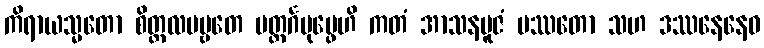
ကိရာယသ္မတော စိတ္တလပဗ္ဗတေ ပတ္တင်္ဂပုပ္ဖေဟိ ကတံ အာသနပူဇံ ပဿတော သဟ ဒဿနေနေဝ